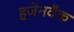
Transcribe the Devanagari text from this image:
हजेनवैक